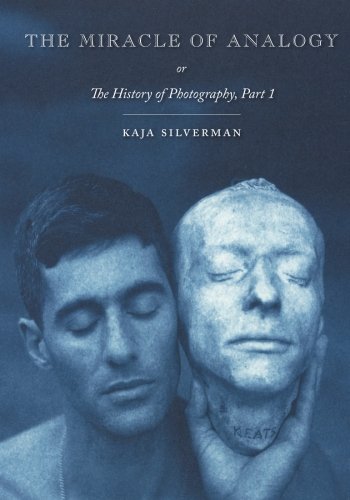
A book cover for The Miracle of Analogy: or The History of Photography, Part 1; Kaja Silverman; Arts & Photography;